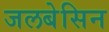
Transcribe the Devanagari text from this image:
जलबेसिन